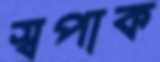
স্বপাক